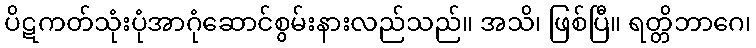
ပိဋကတ်သုံးပုံအာဂုံဆောင်စွမ်းနားလည်သည်။ အသိ၊ ဖြစ်ပြီ။ ရတ္တိဘာဂေ၊